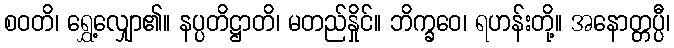
စဝတိ၊ ရွှေ့လျှော၏။ နပ္ပတိဋ္ဌာတိ၊ မတည်နှိုင်။ ဘိက္ခဝေ၊ ရဟန်းတို့။ အနောတ္တပ္ပီ၊